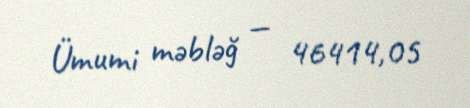
Ümumi məbləğ — 46414,05